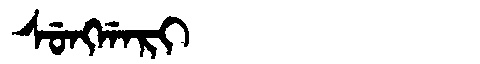
Manchu: ᠰᡠᠩᡤᠠᡵᡳ
Romanization: SUNGGARI